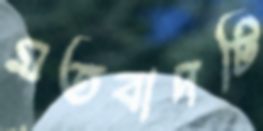
মতবাদটি